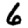
Digit: 6